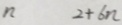
n 2 + 6 n